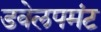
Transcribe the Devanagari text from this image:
डवेलपमंट